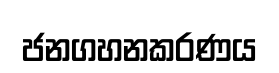
ජනගහනකරණය